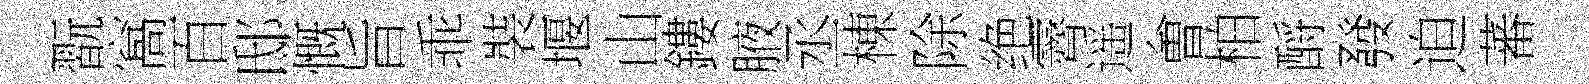
翫窩百邸慨旨乖裝堰山鏤腋丞棟除绝霽遥㑹柏酹發迫蕃